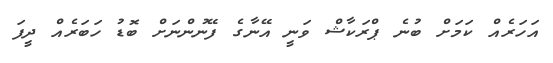
އަހަރެއް ކަމަށް ބުނެ ޕްރަކާޝް ވަނީ އޭނާގެ ފޭނުންނަށް ބޮޑު ހަބަރެއް ދީފަ